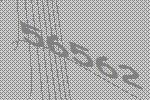
56562